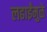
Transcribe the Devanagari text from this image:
लढाईंमुळे